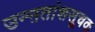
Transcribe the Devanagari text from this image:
उन्ऩतांशसूचक